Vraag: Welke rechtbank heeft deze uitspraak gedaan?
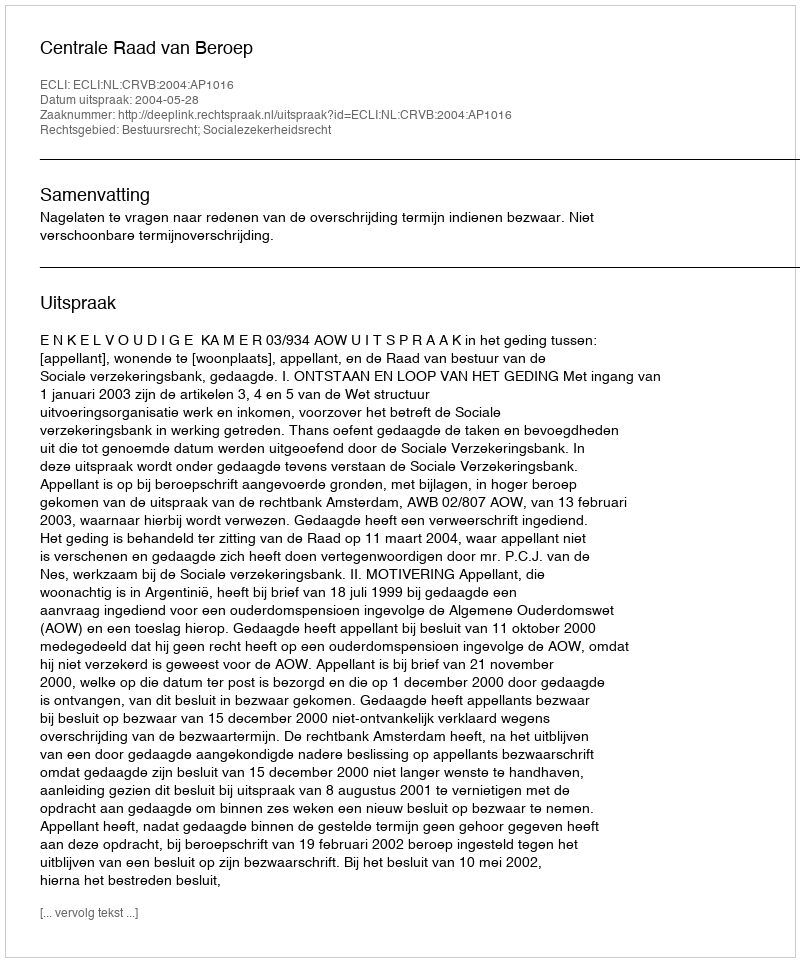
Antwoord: Centrale Raad van Beroep